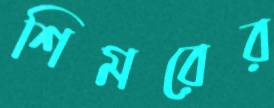
শিমরের